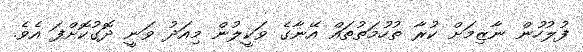
ފުލުހުން ނާޒިމަށް ކުރާ ތުހުމަތުތައް އޭނާގެ ވަކީލުން މިއަދު ވަނީ ދޮގުކޮށްފަ އެވެ.